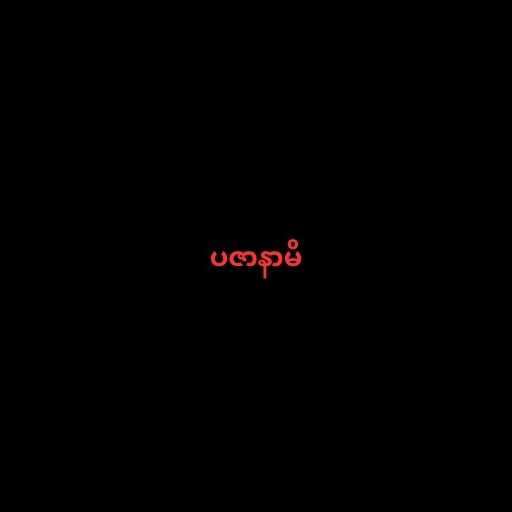
ပဇာနာမိ